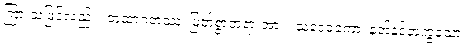
ကြားသဖြင့်လည်း။ တထာဂတဿ၊ မြတ်စွာဘုရားအား။ သဒေဝကော၊ နတ်နှင့်တကွသော။